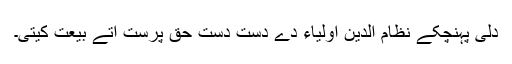
دلی پہنچکے نظام الدین اولیاء دے دست دست حق پرست اتے بیعت کیتی۔